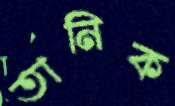
তানিক